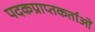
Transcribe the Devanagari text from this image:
पदकप्राप्तकर्ताओं